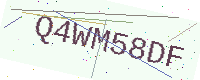
Text: Q4WM58DF